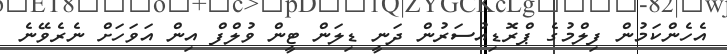
އެހެންކަމުން ފިލްމުގެ ޕްރޮޑިއުސަރުން ދަނީ ޑިލަން ޓީން ވުލްފް އިން އަވަހަށް ނެރެވޭނެ